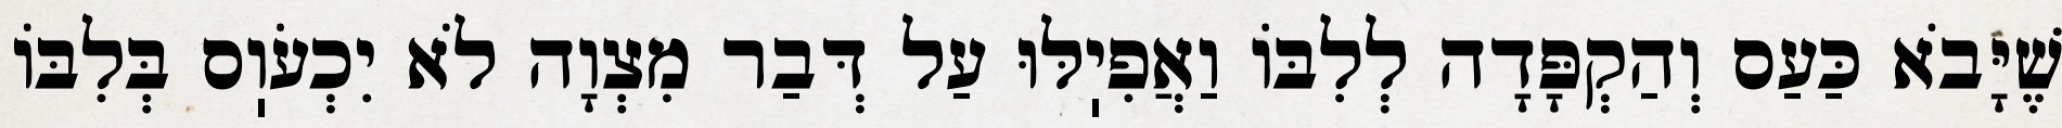
שֶׁיָּבֹא כַּעַס וְהַקְפָּדָה לְלִבּוֹ וַאֲפִיֽלּוּ עַל דְּבַר מִצְוָה לֹא יִכְעֹוֽס בְּלִבּוֹ